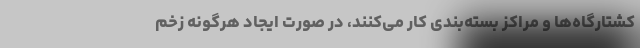
کشتارگاه‌ها و مراکز بسته‌بندی کار می‌کنند، در صورت ایجاد هرگونه زخم